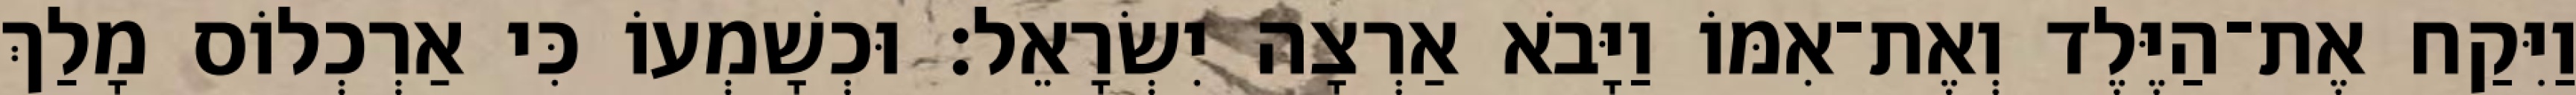
וַיִּקַח אֶת־הַיֶּלֶד וְאֶת־אִמּוֹ וַיָּבֹא אַרְצָה יִשְׂרָאֵל׃ וּכְשָׁמְעוֹ כִּי אַרְכְלוֹס מָלַךְ